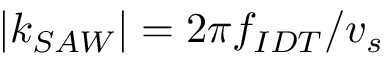
| k _ { S A W } | = 2 \pi f _ { I D T } / v _ { s }